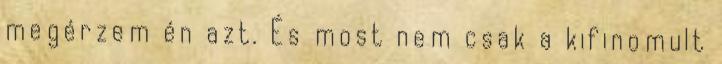
megérzem én azt. És most nem csak a kifinomult